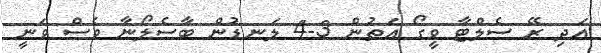
އަދި ރޭ ސެލްޓާ ވީގޯ އަތުން 3-4 ލަނޑުން ބާސެލޯނާ ވެސް ވަނީ